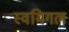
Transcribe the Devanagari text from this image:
स्वमिगल